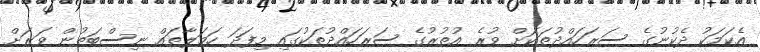
އެކަމަކު ދެކުނުގެ ސަރަހައްދުތަކަށް ވުރެ އުތުރުގެ ސަރަހައްދުތަކުގައި މިފަދަ ހަމަލާތައް ނިސްބަތުން ވަރަށް